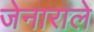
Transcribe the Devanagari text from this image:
जेनाराले